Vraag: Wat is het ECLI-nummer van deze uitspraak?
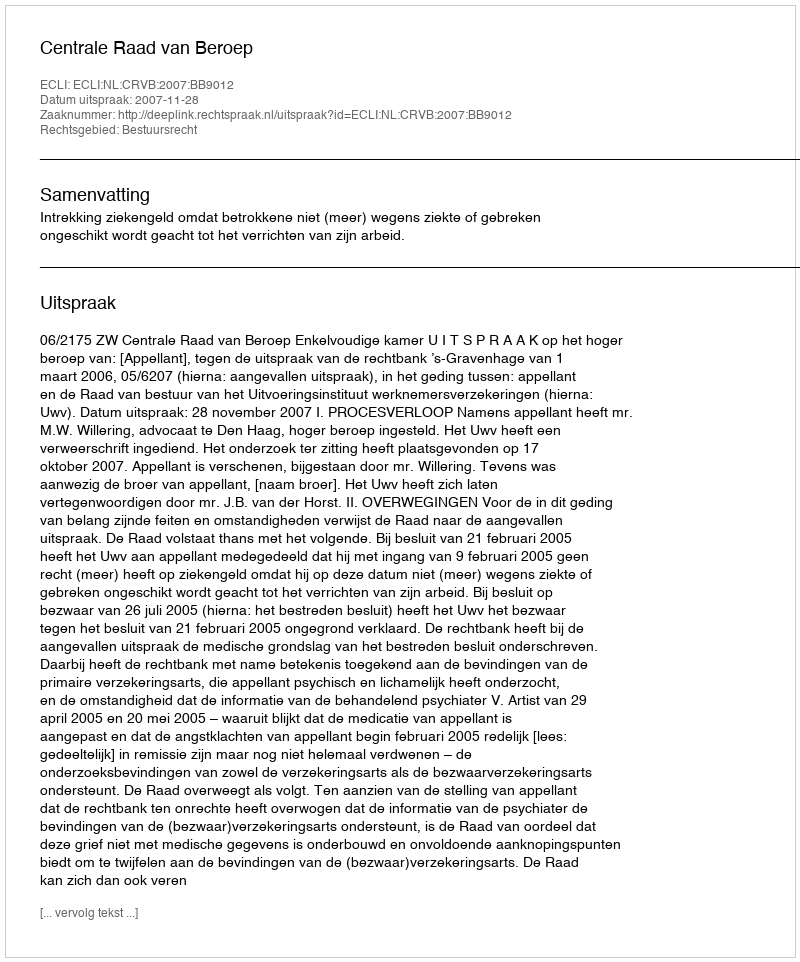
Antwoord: ECLI:NL:CRVB:2007:BB9012